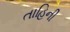
તાહિની